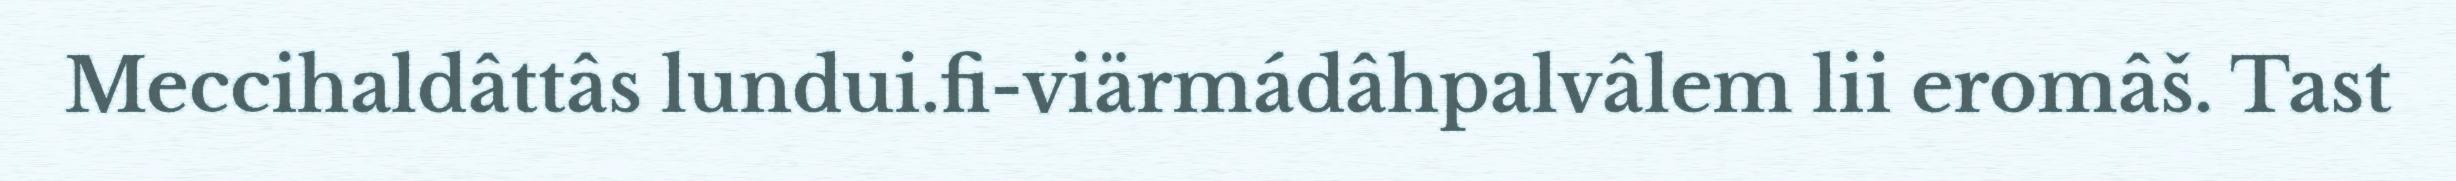
Meccihaldâttâs lundui.fi-viärmádâhpalvâlem lii eromâš. Tast